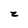
Character: z